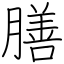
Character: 膳